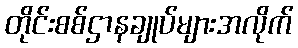
တိုင်းစစ်ဌာနချုပ်များအလိုက်